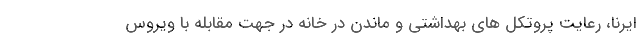
ایرنا، رعایت پروتکل های بهداشتی و ماندن در خانه در جهت مقابله با ویروس